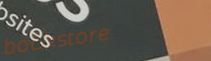
bookstore